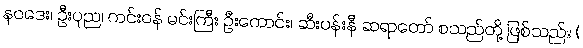
နဝဒေး၊ ဦးပုည၊ ကင်းဝန် မင်းကြီး ဦးကောင်း၊ ဆီးပန်းနီ ဆရာတော် စသည်တို့ ဖြစ်သည်။ (